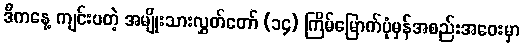
ဒီကနေ့ ကျင်းပတဲ့ အမျိုးသားလွှတ်တော် (၁၄) ကြိမ်မြောက်ပုံမှန်အစည်းအဝေးမှာ